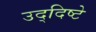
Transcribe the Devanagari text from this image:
उद्‌दिष्टे